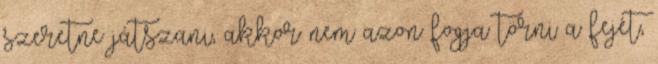
szeretne játszani, akkor nem azon fogja törni a fejét,